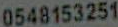
0548153251